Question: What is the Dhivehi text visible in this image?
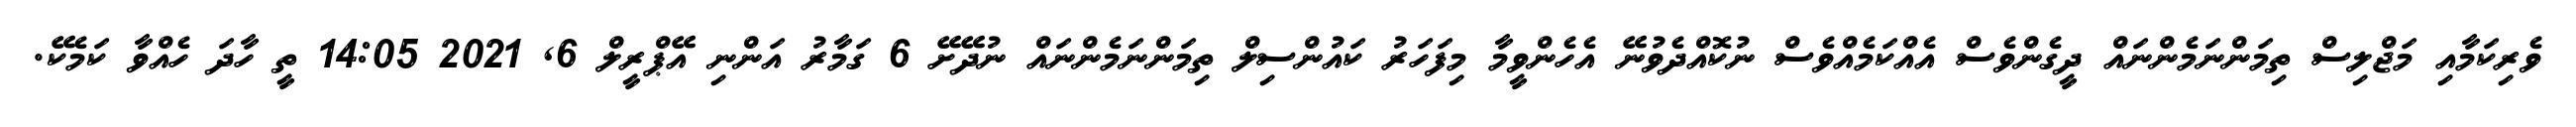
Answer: ވެރިކަމާއި މަޖްލިސް ތިމަންނަމެންނައް ދީގެންވެސް އެއްކަމެއްވެސް ނުކޮއްދެވުނޭ އެހެންވީމާ މިފަހަރު ކައުންސިލް ތިމަންނަމެންނައް ނުދޭށޭ 6 ގަމާރު އަންނި އޭޕްރީލް 6, 2021 14:05 ތީ ހާދަ ހެއްވާ ކަމެކޭ.